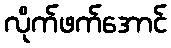
လိုက်ဖက်အောင်